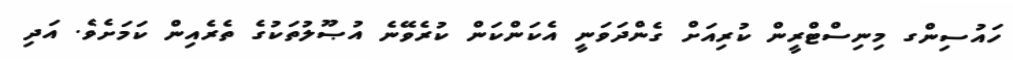
ހައުސިންގ މިނިސްޓްރީން ކުރިއަށް ގެންދަވަނީ އެކަންކަން ކުރެވޭނެ އުޞޫލުތަކުގެ ތެރެއިން ކަމަށެވެ. އަދި